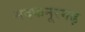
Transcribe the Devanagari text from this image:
मदफनूरगढ़